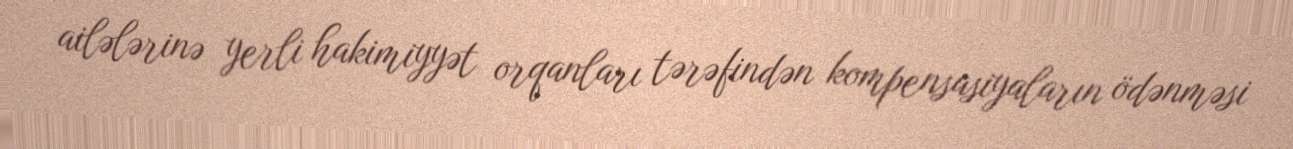
ailələrinə yerli hakimiyyət orqanları tərəfindən kompensasiyaların ödənməsi